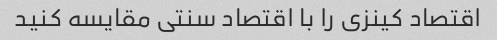
اقتصاد کینزی را با اقتصاد سنتی مقایسه کنید